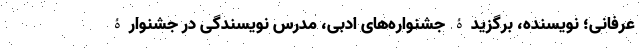
عرفانی؛ نویسنده، برگزیدۀ جشنواره‌های ادبی، مدرس نویسندگی در جشنوارۀ